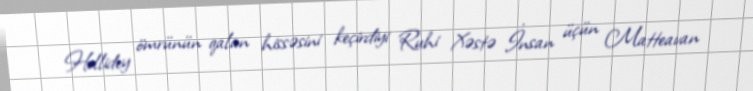
Hollidey ömrünün qalan hissəsini keçirdiyi Ruhi Xəstə İnsan üçün Matteavan